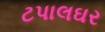
ટપાલઘર